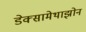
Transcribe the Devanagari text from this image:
डेक्सामेथाझोन